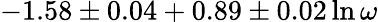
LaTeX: -1.58\pm 0.04+0.89\pm 0.02\ln\omega